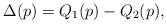
LaTeX: \begin{align*}\Delta(p)=Q_1(p)-Q_2(p),\end{align*}